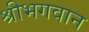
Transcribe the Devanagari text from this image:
श्रीभगवान